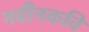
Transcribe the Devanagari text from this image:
नवीनकवि